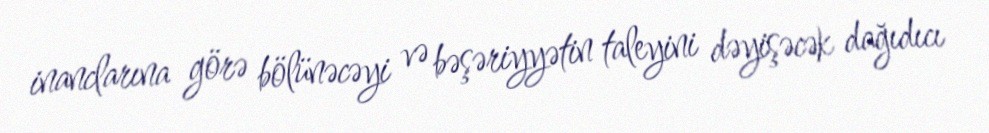
inanclarına görə bölünəcəyi və bəşəriyyətin taleyini dəyişəcək dağıdıcı